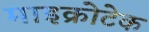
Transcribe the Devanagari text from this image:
माइक्रोटेक